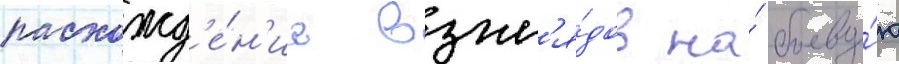
расхожд'е́н'ие взгл'я́дов на́ боеву́ю